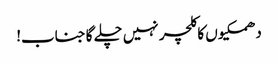
دھمکیوں کا کلچر نہیں چلے گا جناب!